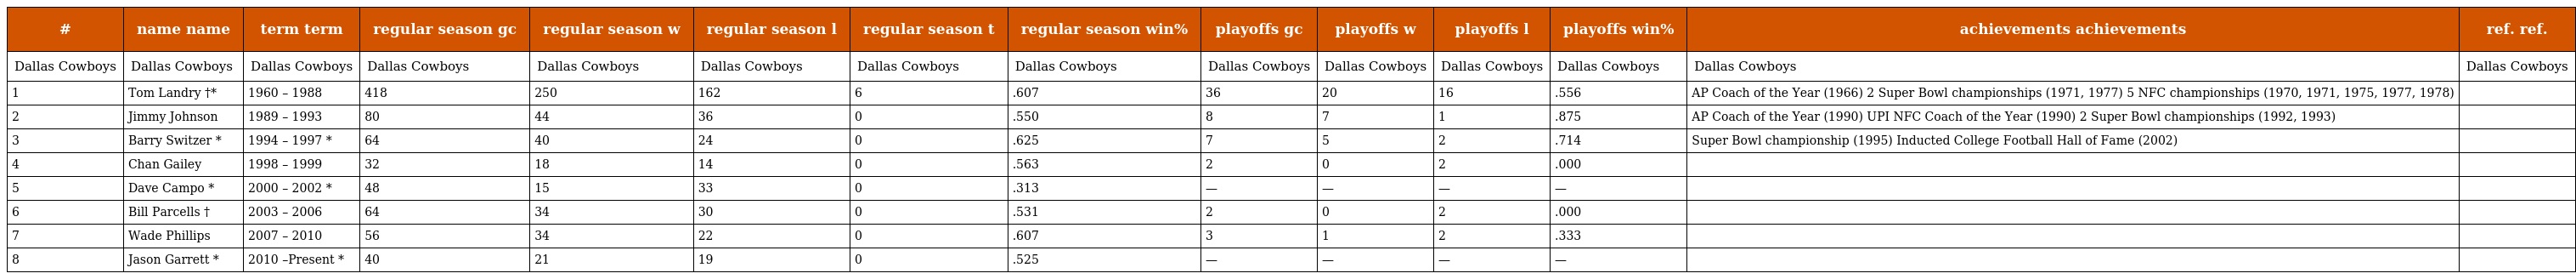
| # | name name | term term | regular season gc | regular season w | regular season l | regular season t | regular season win% | playoffs gc | playoffs w | playoffs l | playoffs win% | achievements achievements | ref. ref. |
 | --- | --- | --- | --- | --- | --- | --- | --- | --- | --- | --- | --- | --- | --- |
 | Dallas Cowboys | Dallas Cowboys | Dallas Cowboys | Dallas Cowboys | Dallas Cowboys | Dallas Cowboys | Dallas Cowboys | Dallas Cowboys | Dallas Cowboys | Dallas Cowboys | Dallas Cowboys | Dallas Cowboys | Dallas Cowboys | Dallas Cowboys |
 | 1 | Tom Landry †* | 1960 – 1988 | 418 | 250 | 162 | 6 | .607 | 36 | 20 | 16 | .556 | AP Coach of the Year (1966) 2 Super Bowl championships (1971, 1977) 5 NFC championships (1970, 1971, 1975, 1977, 1978) |  |
 | 2 | Jimmy Johnson | 1989 – 1993 | 80 | 44 | 36 | 0 | .550 | 8 | 7 | 1 | .875 | AP Coach of the Year (1990) UPI NFC Coach of the Year (1990) 2 Super Bowl championships (1992, 1993) |  |
 | 3 | Barry Switzer * | 1994 – 1997 * | 64 | 40 | 24 | 0 | .625 | 7 | 5 | 2 | .714 | Super Bowl championship (1995) Inducted College Football Hall of Fame (2002) |  |
 | 4 | Chan Gailey | 1998 – 1999 | 32 | 18 | 14 | 0 | .563 | 2 | 0 | 2 | .000 |  |  |
 | 5 | Dave Campo * | 2000 – 2002 * | 48 | 15 | 33 | 0 | .313 | — | — | — | — |  |  |
 | 6 | Bill Parcells † | 2003 – 2006 | 64 | 34 | 30 | 0 | .531 | 2 | 0 | 2 | .000 |  |  |
 | 7 | Wade Phillips | 2007 – 2010 | 56 | 34 | 22 | 0 | .607 | 3 | 1 | 2 | .333 |  |  |
 | 8 | Jason Garrett * | 2010 –Present * | 40 | 21 | 19 | 0 | .525 | — | — | — | — |  |  |